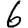
Digit: 6